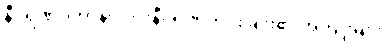
နီဝရဏပ္ပဟာနဝဂ္ဂ။ ။နီဝရဏကင်းခြင်း၏ အကျိုးများ၊